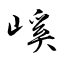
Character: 嵠